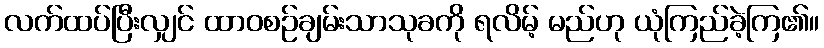
လက်ထပ်ပြီးလျှင် ထာဝစဉ်ချမ်းသာသုခကို ရလိမ့် မည်ဟု ယုံကြည်ခဲ့ကြ၏။